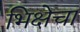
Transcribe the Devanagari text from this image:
भिक्षेचा